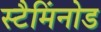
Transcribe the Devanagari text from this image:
स्टैमिंनोड